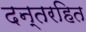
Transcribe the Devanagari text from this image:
दन्तरहित